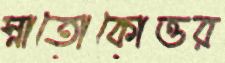
স্নাতোকোত্তর